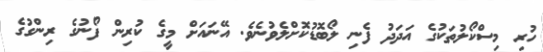
ހުރި މިސްކޯލުތަކުގެ އަދަދު ފެނި ލޯބޮޑުކޮށްލެވުނެވެ. އޭނައަށް މީގެ ކުރިން ފޯނުގެ ރިންގުގެ